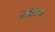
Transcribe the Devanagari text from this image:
७५७०